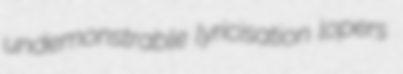
undemonstrable lyricisation lopers